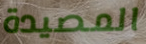
المصيدة